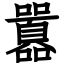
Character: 囂